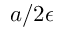
a / 2 \epsilon